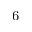
_ \mathrm { 6 }